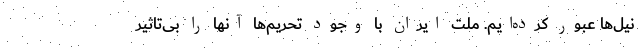
نیل‌ها عبور کرده‌ایم. ملت ایران با وجود تحریم‌ها آنها را بی‌تاثیر